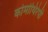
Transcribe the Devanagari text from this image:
कोमोथिरेपी